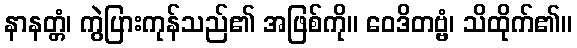
နာနတ္တံ၊ ကွဲပြားကုန်သည်၏ အဖြစ်ကို။ ဝေဒိတဗ္ဗံ၊ သိထိုက်၏။